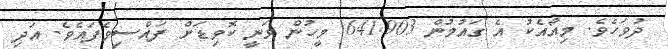
ދުވަހެވެ. މިއާއެކު އެ ގައުމުން 641